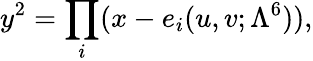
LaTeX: y^{2}=\prod_{i}(x-e_{i}(u,v;\Lambda^{6})),